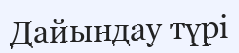
Дайындау түрi